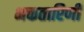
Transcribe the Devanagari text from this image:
भक्ततारिणी